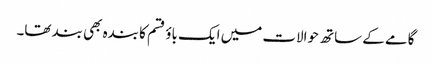
گامے کے ساتھ حوالات میں ایک باؤ قسم کا بندہ بھی بند تھا۔